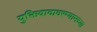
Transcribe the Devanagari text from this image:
युक्तिवादादरम्यानच्या